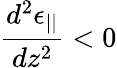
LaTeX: \frac{d^{2}\epsilon_{||}}{dz^{2}}<0